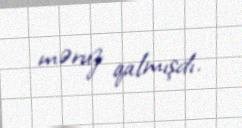
məruz qalmışdı.